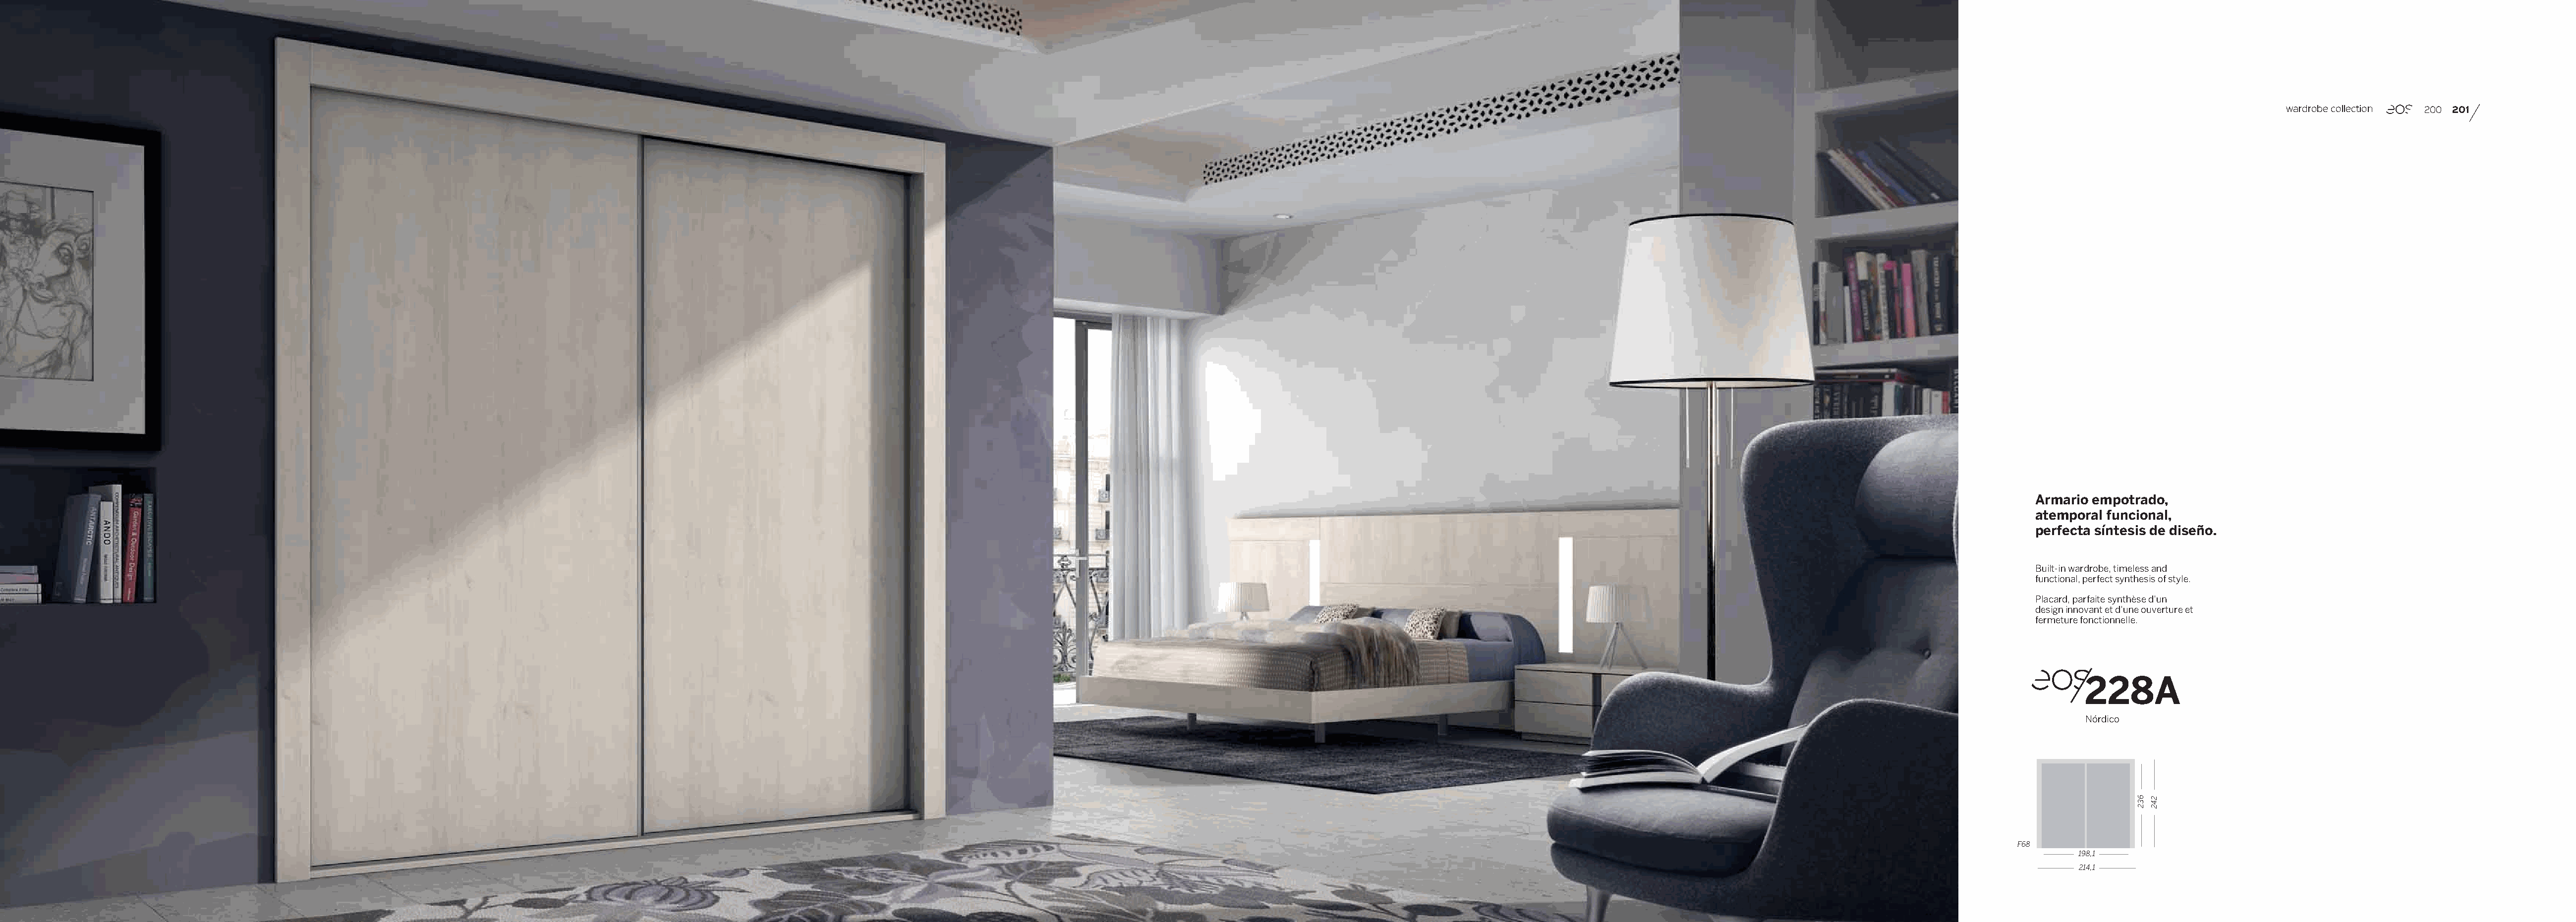
wardrobe collection 200 201
 Armario empotrado,
 atemporal funcional,
 perfecta síntesis de diseño.
 Built-in wardrobe, timeless and
 functional, perfect synthesis of style.
 Placard, parfaite synthèse d’un
 design innovant et d’une ouverture et
 fermeture fonctionnelle.
 228A
 Nórdico
 F68
 198,1
 214,1
 632 242